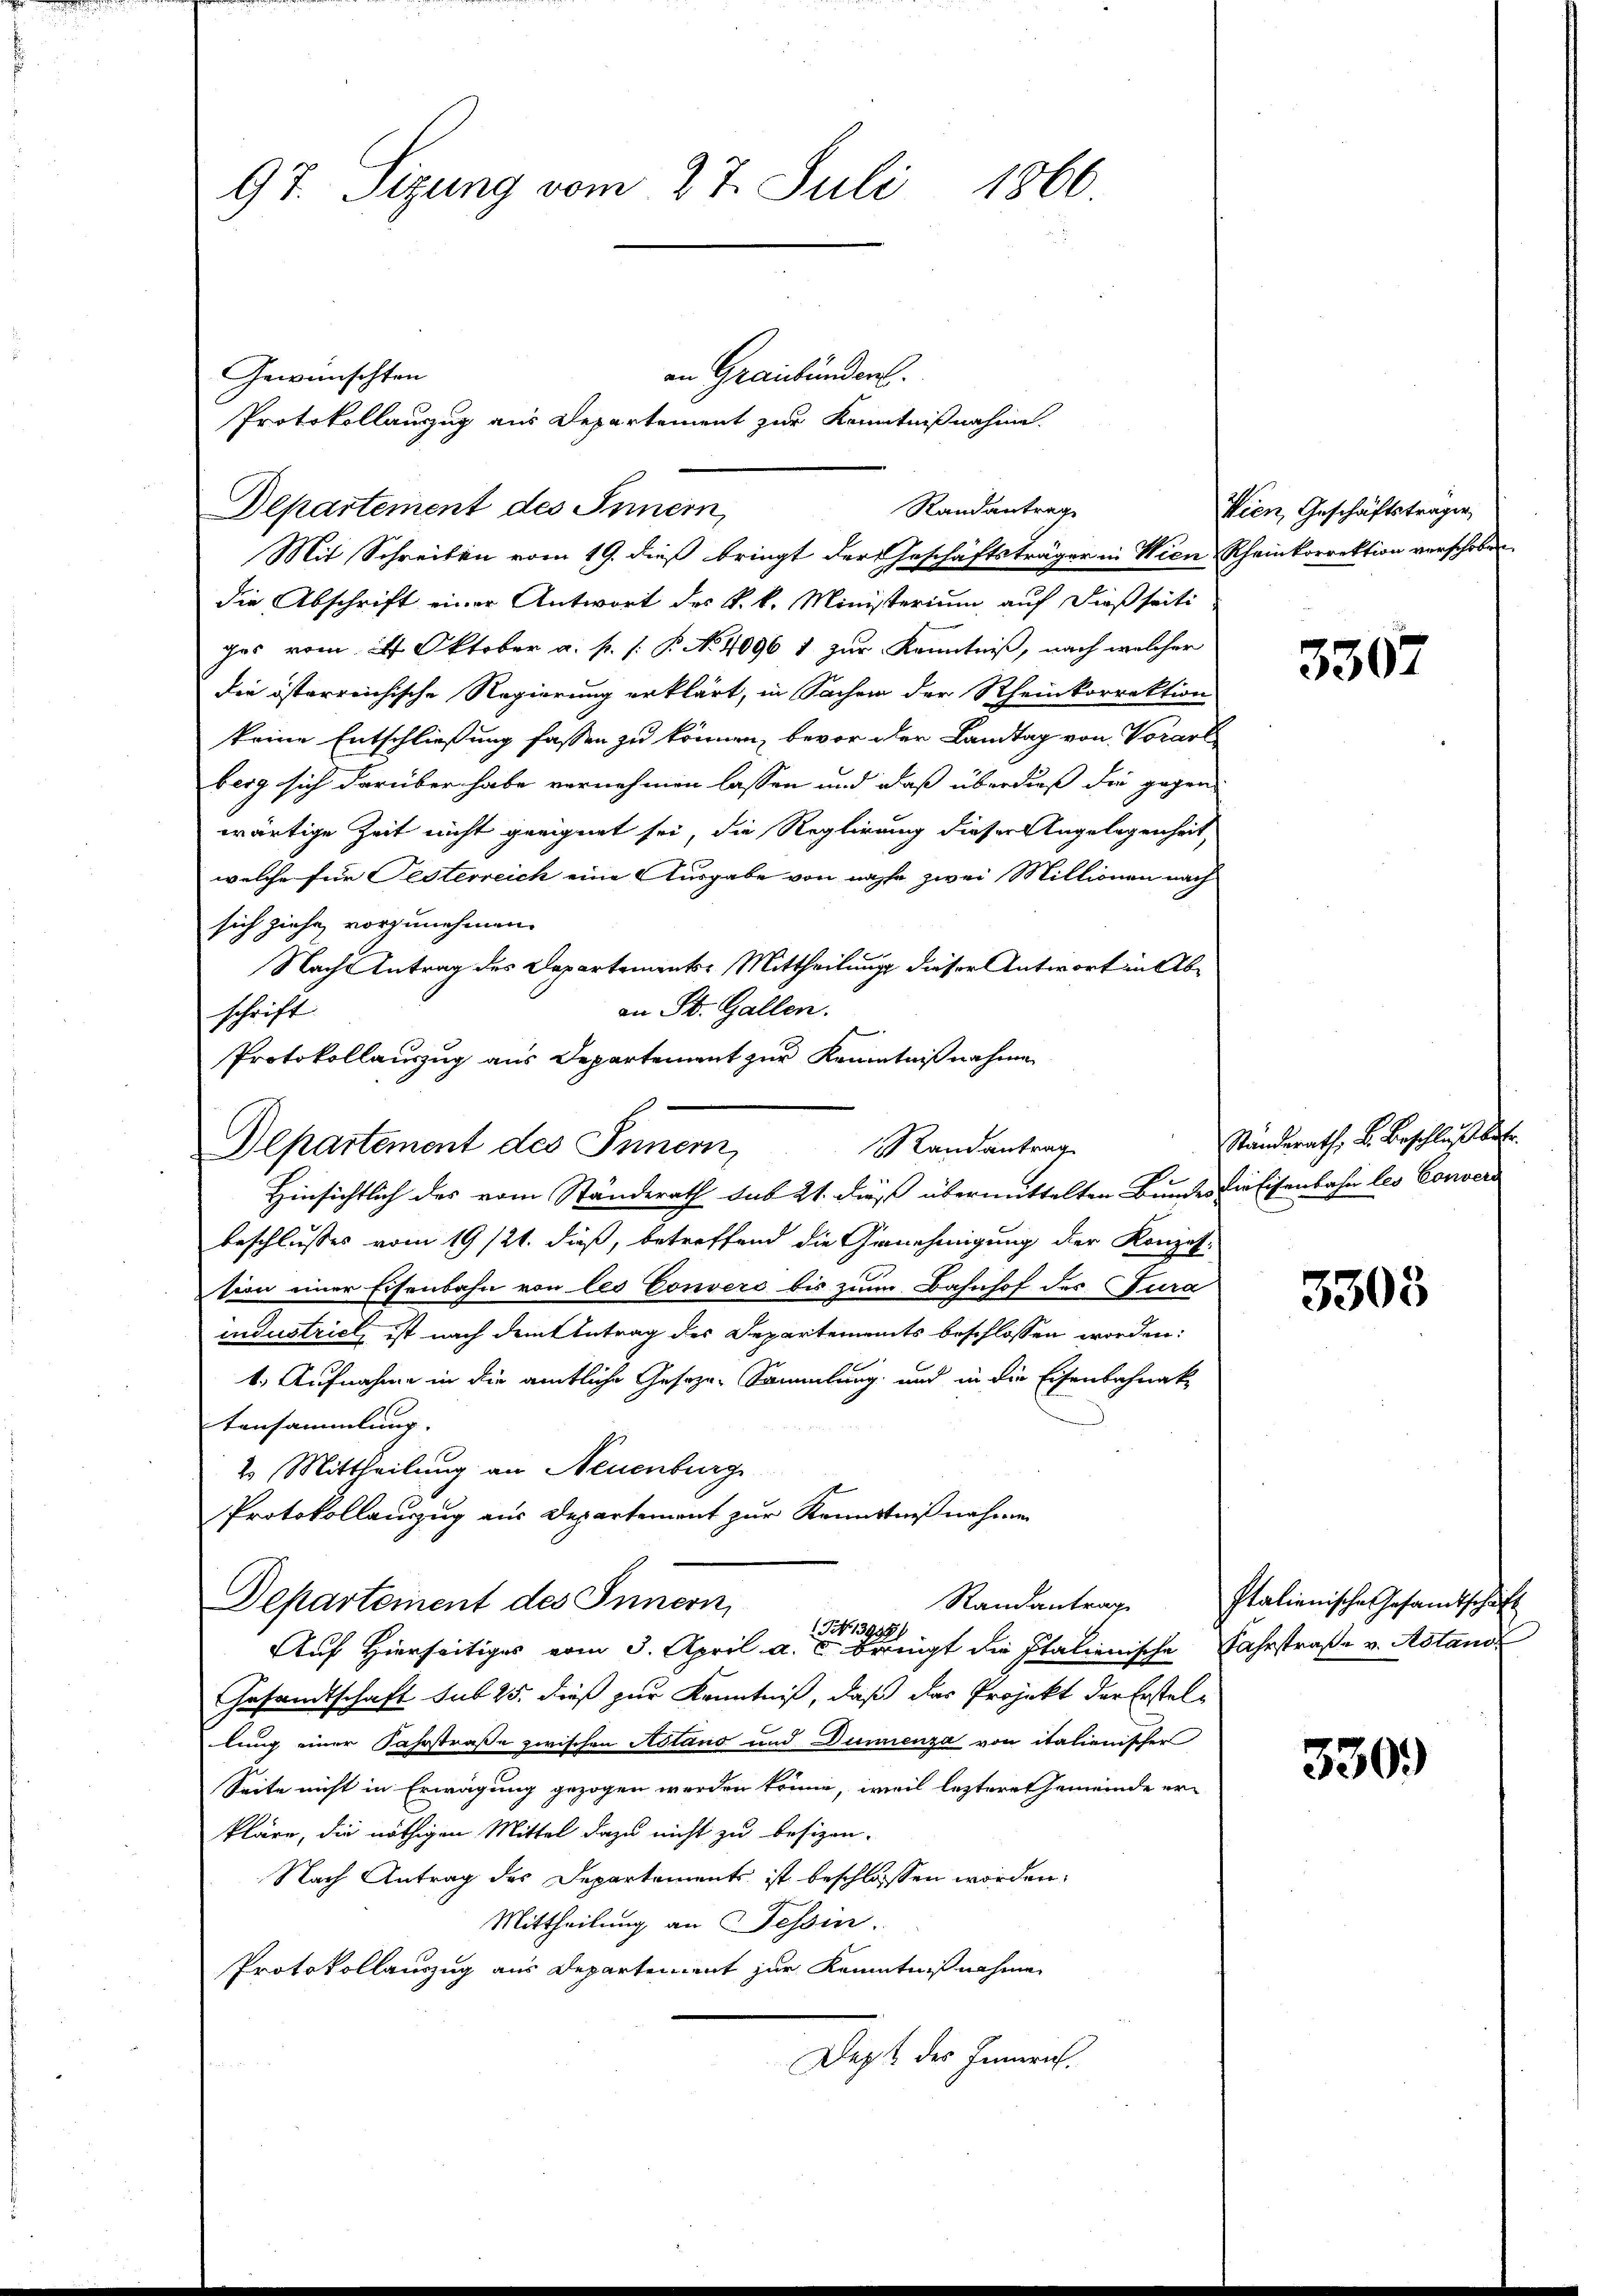
97. Sizung vom 27. Juli 1860

Gewünschten
Departement des Innern,
Randantrag
Mit Schreiben vom 19. dieß bringt der Geschäftsträger in Wien Rheinkorrektion verschoben
die Abschrift einer Antwort des k. k. Ministerium auf dießseiti

an Graubündert.

ges vom 24. Oktober a. p. P. No 4096 1 zur Kenntniß, nach welcher
die österreichische Regierung erklärt, in Sachen der Rheinkorrektion
keine Entschließung fassen zu können, bevor der Landtag von Vorarl
berg sich darüber habe vernehmen lassen und daß überdieß die gegen
wärtige Zeit nicht geeignet sei, die Reglirung dieser Angelegenheit,
welche für Pesterreich eine Ausgabe von nache zwei Millionen nach
sich ziehe vorzunehmen.
Nach Antrag des Departements-Mittheilung dieser Antwort in Aban St. Gallen.
schrift
Protokollauszug aus Departement zur Kenntnißnahme

Randantrag
Departement des Innern,
Hinsichtlich des vom Ständerath sub 21. dieß übermittelten Bundes die Eisenbahn les Convers

Departement des Innern,

Protokollauzug aus Departement zur Kenntnißnahme.

beschlusses vom 19/21. dieß, betreffend die Genehmigung der Konzession einer Eisenbahn von les Convers bis zum Bahnhof des Cura
industrich ist nach dem Antrag des Departements beschlossen worden:
1. Aufnahme in die amtliche Geseze-Sammlung und in die Eisenbahnak-
tansammlung.
2. Mittheilung an Neuenburg
Protokollauszug aus Departement zur Kenntniß nahmen
Auf Hierseitiges vom 3. April a. c. bringt die Italienische Fahrstraße v. Astand
Gesandtschaft sub 25. dieß zur Kenntniß, daß das Projekt der Erstellung einer Fahrstraße zwischen Astand und Dunnenza von italienischer
Seite nicht in Erwägung gezogen worden könne, weil leztere Gemeinde erkläre, die nöthigen Mittel dazu nicht zu besizen.
Nach Antrag des Departements ist beschlossen worden.
Mittheilung an Tessin.
Protokollauszug aus Departement zur Kenntnißnahme
Dass der Innert.

GNNo. 13935)

Wien, Geschäftsträgen,

3307

Ständerath, B. Beschluß betr.

3305

Randantrag Italienische Gesandtschäft

330.)